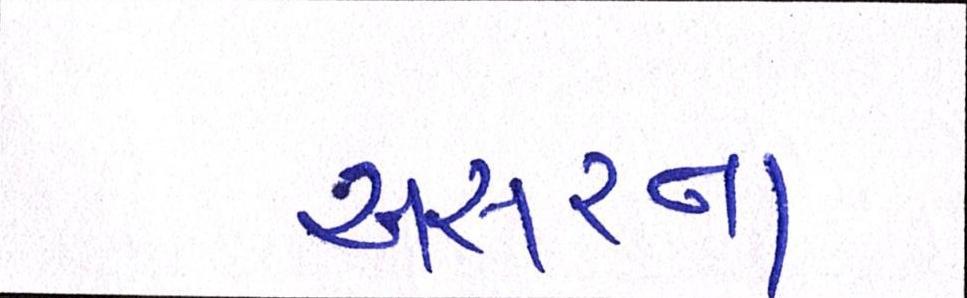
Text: અસરના